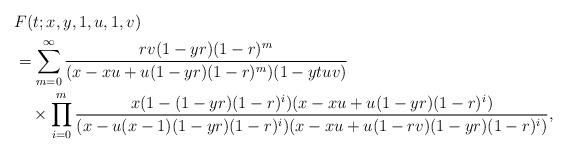
LaTeX: \begin{align*} & F(t;x,y,1,u,1,v)\\ &=\sum_{m=0}^{\infty}\frac{rv(1-yr)(1-r)^m} {(x-xu+u(1-yr)(1-r)^m)(1-ytuv)}\\ &\quad\times\prod_{i=0}^{m}\frac{x(1-(1-yr)(1-r)^i)(x-xu+u(1-yr)(1-r)^i)} {(x-u(x-1)(1-yr)(1-r)^i)(x-xu+u(1-rv)(1-yr)(1-r)^i)}, \end{align*}